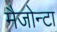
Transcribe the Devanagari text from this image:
मैजोन्टा